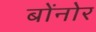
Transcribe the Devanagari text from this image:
बोंनोर